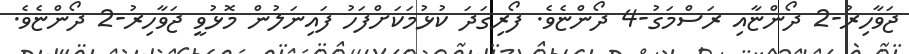
ޖަވާހިރު-2 ދޯންޏާއި ރަސްމަގު-4 ދޯންޏެވެ. ފޯރިގަދަ ކުޅުމަކަށްފަހު ފައިނަލުން މޮޅުވީ ޖަވާހިރު-2 ދޯންޏެވެ.